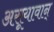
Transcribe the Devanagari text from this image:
असूयावान्